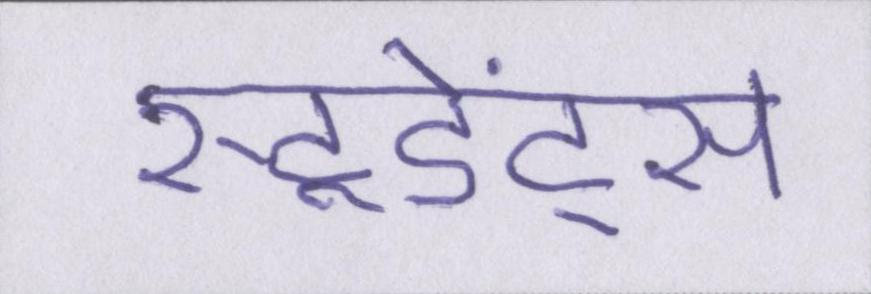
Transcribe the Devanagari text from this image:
स्टूडेंट्स